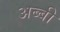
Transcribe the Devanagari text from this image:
अब्बी